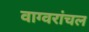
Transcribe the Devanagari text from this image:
वाग्वरांचल